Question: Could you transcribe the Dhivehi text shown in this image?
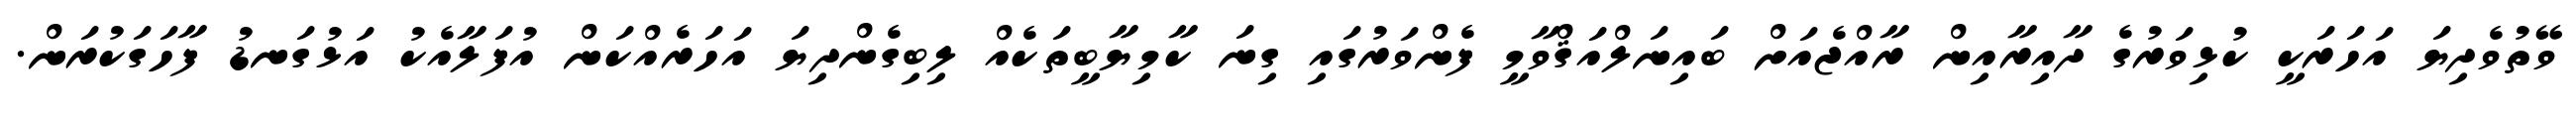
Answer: ވޭތުވެދިޔަ އަހަރަކީ ކުޅިވަރުގެ ދާއިރާއިން ރާއްޖެއަށް ބައިނަލްއަޤްވާމީ ފެންވަރުގައި ގިނަ ކާމިޔާބީތަކެއް ލިބިގެންދިޔަ އަހަރެއްކަން އުފަލާއެކު އަޅުގަނޑު ފާހަގަކުރަން.